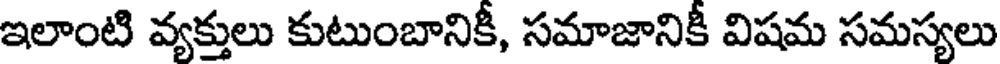
ఇలాంటి వ్యక్తులు కుటుంబానికీ, సమాజానికీ విషమ సమస్యలు